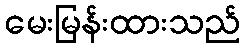
မေးမြန်းထားသည်